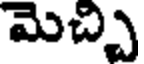
మెచ్చి